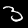
Label: 3